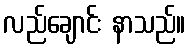
လည်ချောင်း နာသည်။